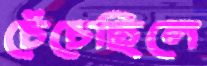
চেঁচেছিলে